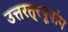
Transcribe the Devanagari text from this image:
उत्तरत््रयूपांग